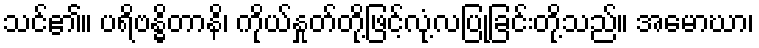
သင်၏။ ပရိဗန္ဓိတာနိ၊ ကိုယ်နှုတ်တို့ဖြင့်လုံ့လပြုခြင်းတို့သည်။ အမောဃာ၊